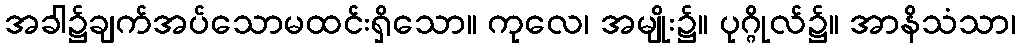
အခါ၌ချက်အပ်သောမထင်းရှိသော။ ကုလေ၊ အမျိုး၌။ ပုဂ္ဂိုလ်၌။ အာနိသံသာ၊